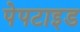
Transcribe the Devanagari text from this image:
पेपटाइड